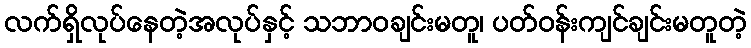
လက်ရှိလုပ်နေတဲ့အလုပ်နှင့် သဘာဝချင်းမတူ၊ ပတ်ဝန်းကျင်ချင်းမတူတဲ့